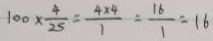
1 0 0 \times \frac { 4 } { 2 5 } = \frac { 4 \times 4 } { 1 } = \frac { 1 6 } { 1 } = 1 6